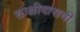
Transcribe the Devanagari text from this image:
साक्षीदाराची